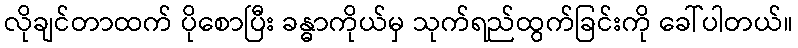
လိုချင်တာထက် ပိုစောပြီး ခန္ဓာကိုယ်မှ သုက်ရည်ထွက်ခြင်းကို ခေါ်ပါတယ်။